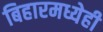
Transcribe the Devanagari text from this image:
बिहारमध्येही